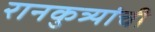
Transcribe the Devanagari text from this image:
रानकुत्र्यांची